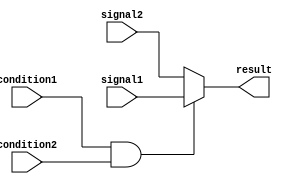
module conditional_assign(
    input wire condition1,
    input wire condition2,
    input wire signal1,
    input wire signal2,
    output reg result
);

always @* begin
    if(condition1 && condition2) begin
        result = signal1;
    end else begin
        result = signal2;
    end
end

endmodule